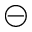
\circleddash